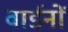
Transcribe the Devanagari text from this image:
वार्डनों